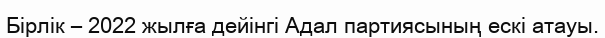
Бірлік – 2022 жылға дейінгі Адал партиясының ескі атауы.